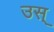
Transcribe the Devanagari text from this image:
उस्